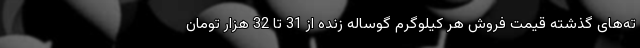
ته‌های گذشته قیمت فروش هر کیلوگرم گوساله زنده از 31 تا 32 هزار تومان